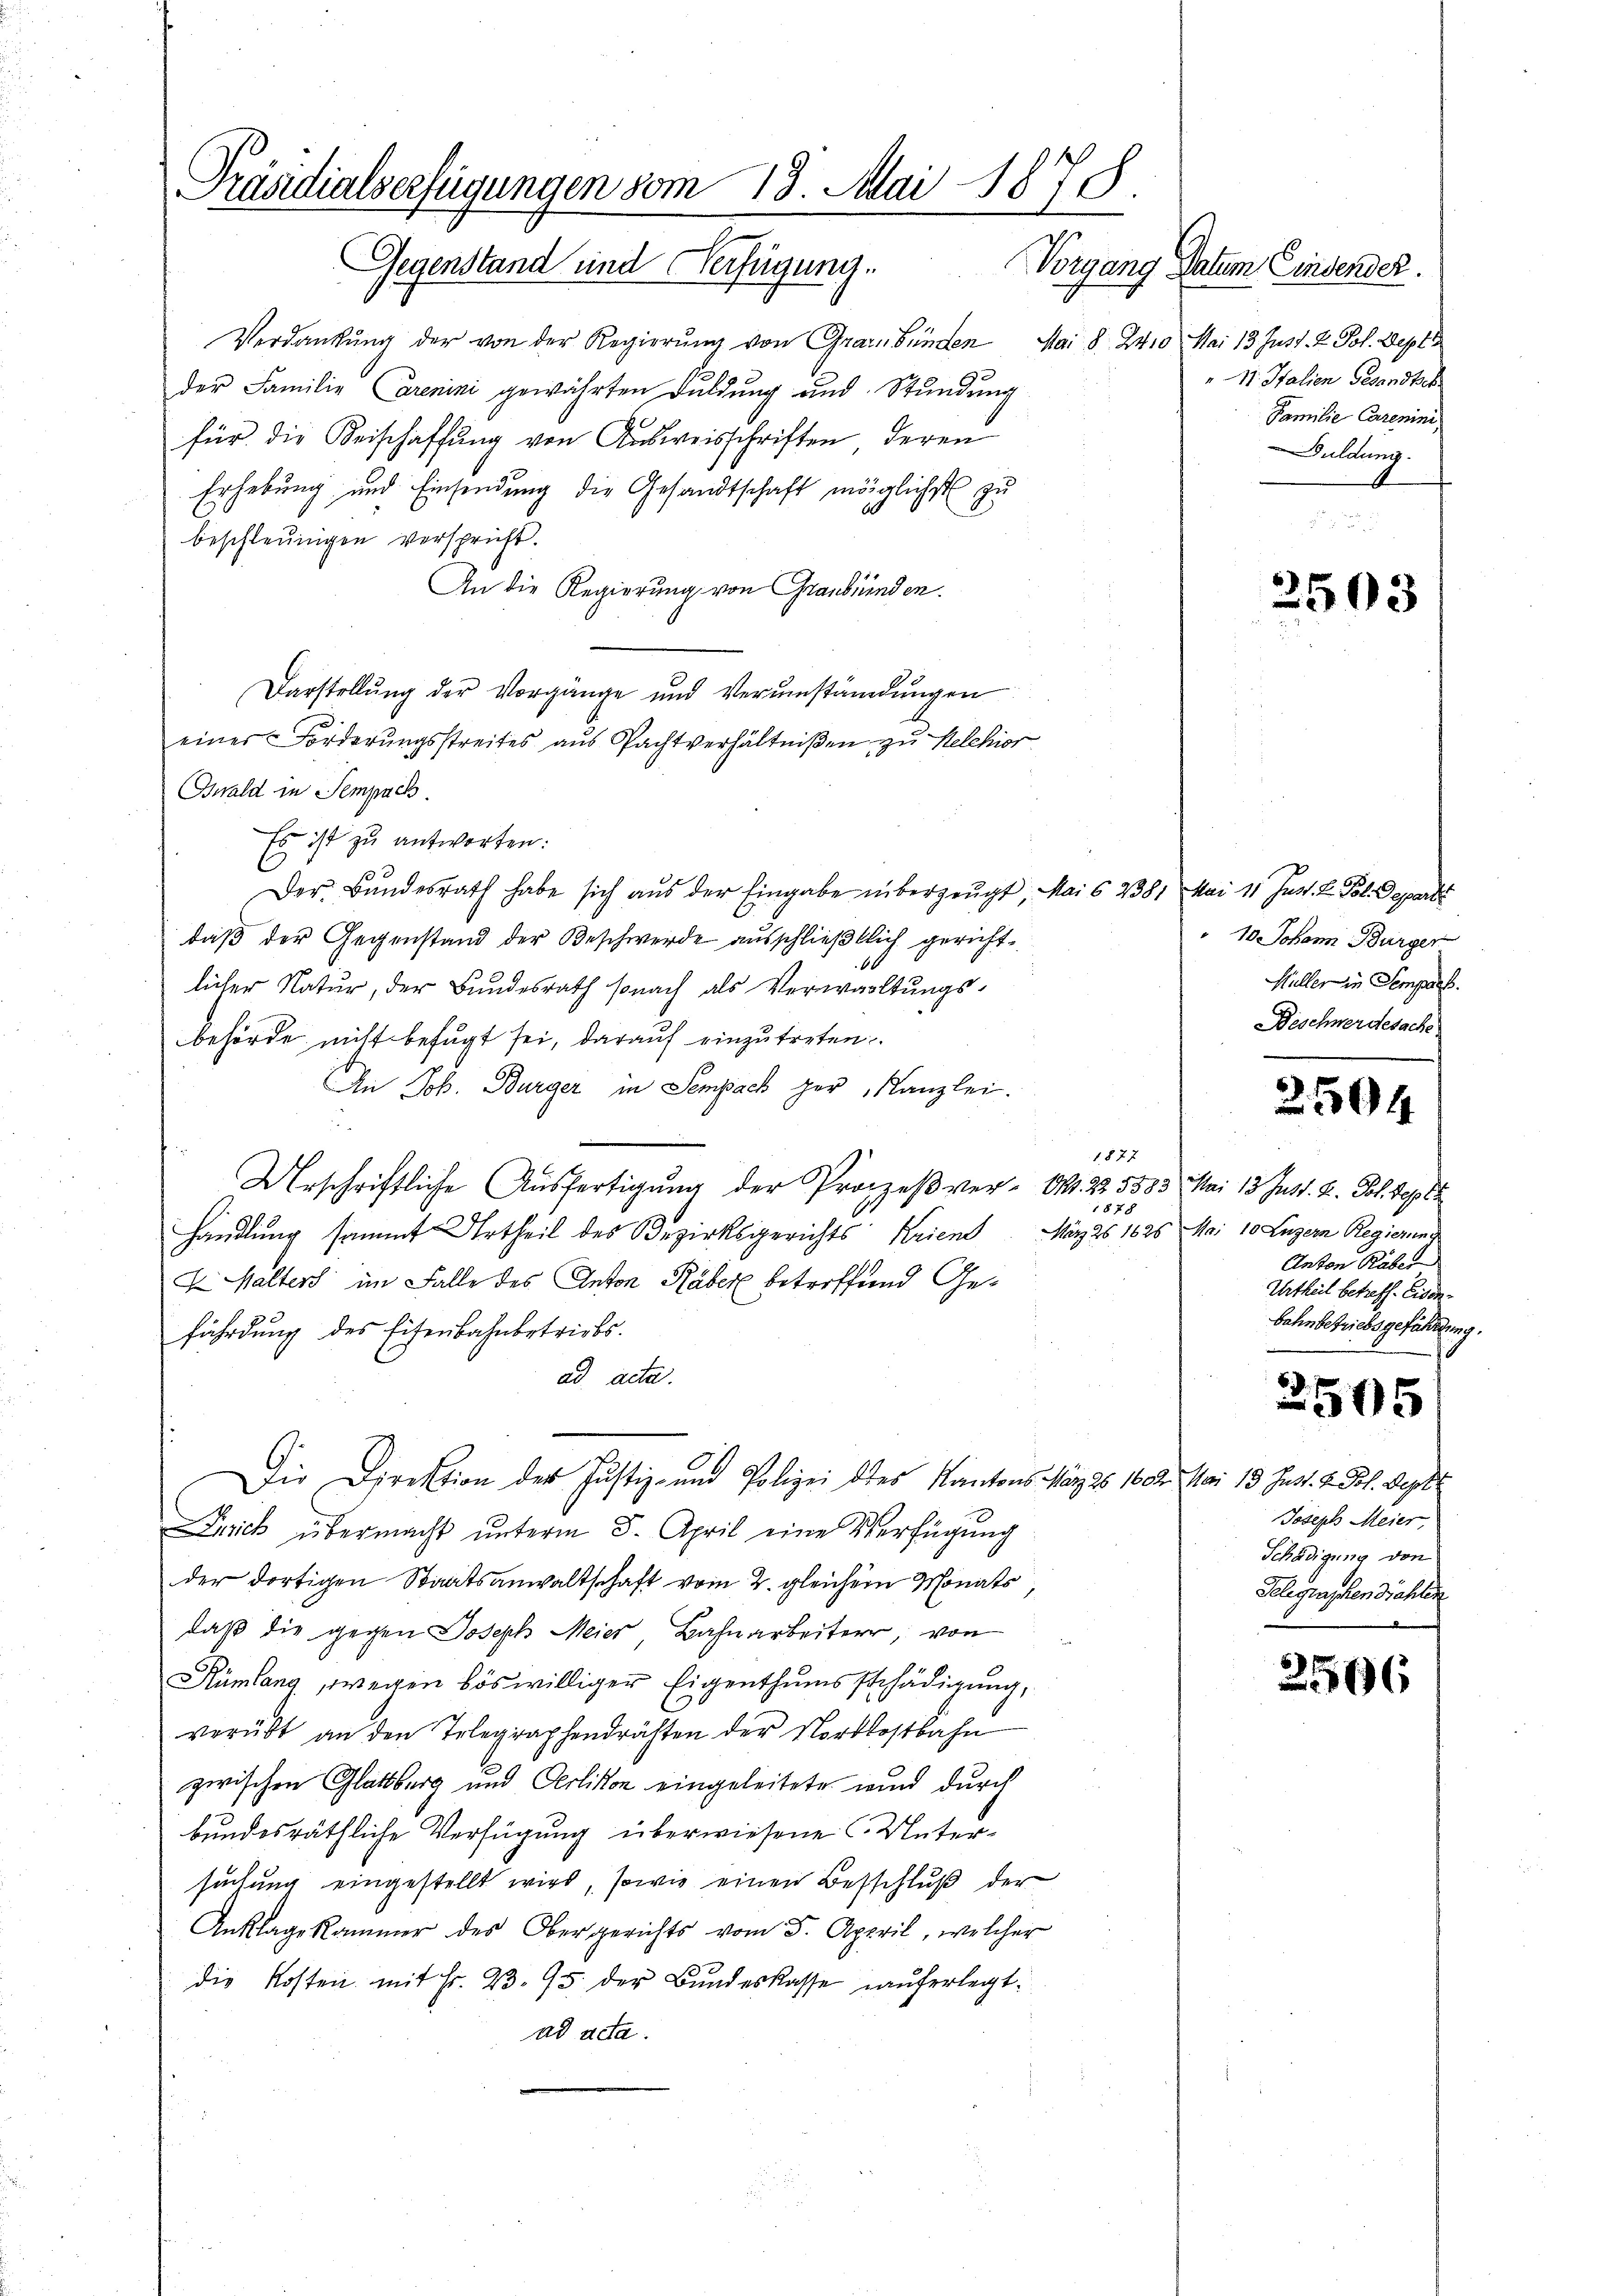
Präsidialserfügungen vom 13. Mai 1878
Gegenstand und Verfügung.
Vorgang Datum Einsender.

Verdankŭng der von der Regierŭng von Graubünden Mai § 2410. Mai 13. Just. 2. Joh. Sept
der Familie renini gewährten Dŭldŭng und Stŭndŭng
für die Beischaffŭng von Ausweisschriften deren
Erhebung und Einsendung die Gesandtschaft möglichst zu
6
beschleunigen verspricht.
An die Regierung von Graubünden.
Darstellŭng der Vorgänge und Verŭmständungen
einer Forderungsstreites aus Pachtverhältnißen zu Melchior
Bwald in Sempach.
Es ist zu antworten:
Der Bŭndesrath habe sich aŭs der Eingabe überzeugt, Mai 6 2381 Mai 11 Jun. L. Pol. Depart
daß der Gegenstand der Beschwerde ausschließtlich gericht¬
60
licher Natur, der Bundesrath sonach als Verwaltungsbehörde nicht befugt sei, darauf einzutreten
An Joh. Bürger in Sempack her Kanzlei.
1877
Urschriftliche Ausfertigung der Prozeßver- Okt. 22. 5583 Mai 13. Juss. v. Joh. Sept
1878
handlung sammt Urtheil des Bezirksgerichts Krient
X. Walters im Falle des Anton Räber betreffend Gefährdung des Eisenbahnbetriebs
ad acta.
Die Direktion des Justiz- und Polizei des Kantons März 26. 1602. Mai 13 Jnst. V. Joh. Sept
Zürich übermacht unterm 8. April eine Verfügung
der dortigen Staatsanwaltschaft vom 2. gleichem Monats
daß die gegen Joseph Meier, Bahnarbeiter, von
Rümlang, wegen böswilliger Eigenthumsschädigung,
verübt an den Telegraphendrähten der Nordostbahn
zwischen Glattburg und Oerlikon eingeleitete und durch
bundesräthliche Verfügung überwiesene Untersuchung eingestellt wird, sowie einen Besschluß der
Anklage Kammer des Obergerichts vom 5. April, welcher
die Kosten mit Fr. 23. 95. der Bundeskasse auferlegt.
ad acta.

" 11. Italien Gesandtsch
Familie Carenini,
Duldung.

2503

10. Johann Bürger
Hüller in Sempars.
Beschwerdesache

2504

März 25 1626 Mai 10 Luzern Regierung
Anton Raber
Urtheil betreff. Eisenbahnbetriebsgefährdung.

2505

Joseph Meier
Schädigung von
Gelegraschen dichten
.

3516